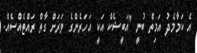
އެ ކަމާމެދު އަމިތް ބުނީ ''އަބީޝެކް އަކީ އަހަރެންގެ ވަރަށް ގާތް ރައްޓެއްސެއް.